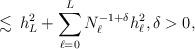
LaTeX: \begin{align*} \,\lesssim\, h_L^2 + \sum_{\ell = 0}^L N_\ell^{-1 + \delta} h_\ell^2, \delta > 0,\end{align*}